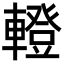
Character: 𨎤